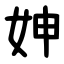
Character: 妽